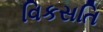
વિકસતિ